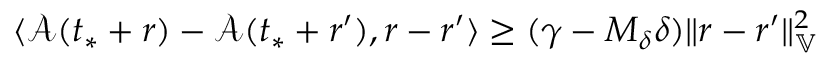
\langle \mathcal { A } ( t _ { * } + r ) - \mathcal { A } ( t _ { * } + r ^ { \prime } ) , r - r ^ { \prime } \rangle \ge ( \gamma - M _ { \delta } \delta ) \| r - r ^ { \prime } \| _ { \mathbb { V } } ^ { 2 }